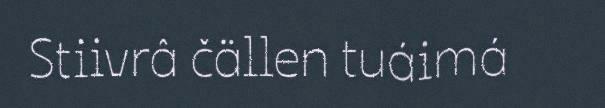
Stiivrâ čällen tuáimá